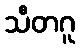
သီတဂူ